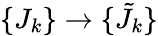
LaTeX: \{ J_{k}\} \to\{ {\tilde{J}}_{k}\}